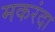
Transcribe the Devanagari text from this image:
मकरंदा